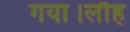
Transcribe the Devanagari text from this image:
गया।लौह